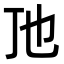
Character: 𬺼